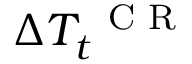
\Delta T _ { t } ^ { \mathrm { ~ \scriptsize ~ C ~ R ~ } }